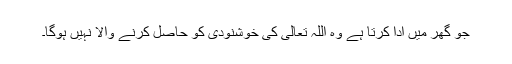
جو گھر میں ادا کرتا ہے وہ اللہ تعالیٰ کی خوشنودی کو حاصل کرنے والا نہیں ہوگا۔